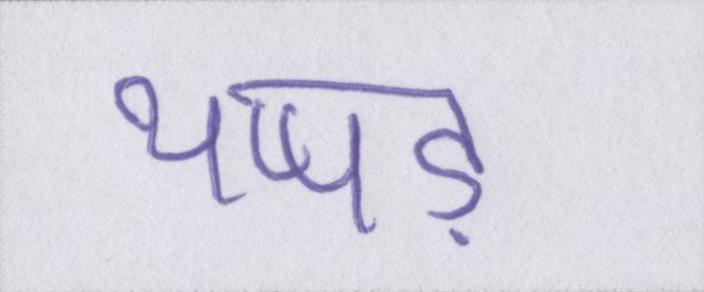
थप्पड़